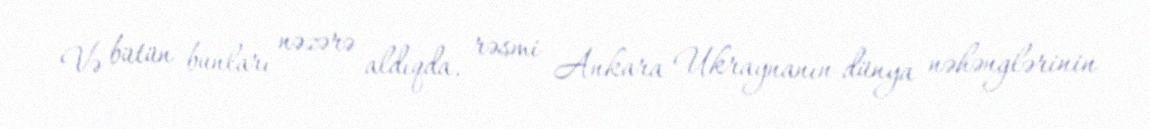
Və bütün bunları nəzərə aldıqda, rəsmi Ankara Ukraynanın dünya nəhənglərinin